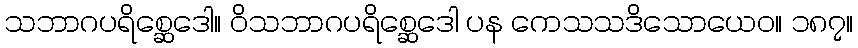
သဘာဂပရိစ္ဆေဒေါ။ ဝိသဘာဂပရိစ္ဆေဒေါ ပန ကေသသဒိသောယေဝ။ ၁၈၇။